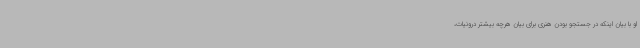
او با بیان اینکه در جستجو بودن هنری برای بیان هرچه بیشتر درونیات،